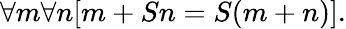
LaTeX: \forall m\forall n[m+Sn=S(m+n)].